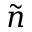
\tilde { n }